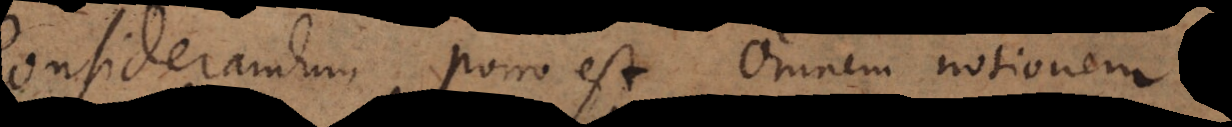
Considerandum porro est, omnem notionem